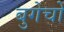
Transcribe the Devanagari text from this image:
बुगेचो